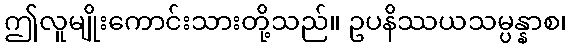
ဤလူမျိုးကောင်းသားတို့သည်။ ဥပနိဿယသမ္ပန္နာစ၊